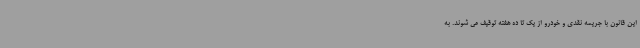
این قانون با جریمه نقدی و خودرو از یک تا ده هفته توقیف می شوند. به